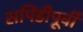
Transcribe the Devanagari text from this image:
सपिंडीपूर्वीं